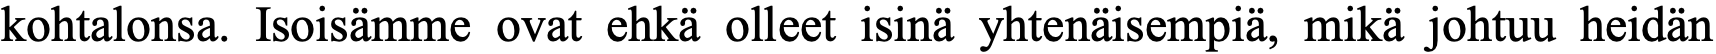
kohtalonsa. Isoisämme ovat ehkä olleet isinä yhtenäisempiä, mikä johtuu heidän